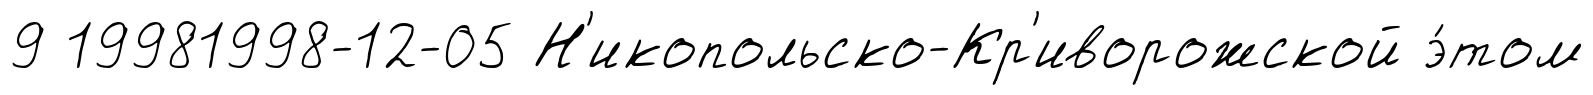
9 19981998-12-05 Н'икопольско-Кр'иворожской э́том